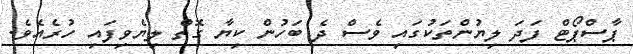
ޕާސްޕޯޓް ފަދަ ލިޔުންތަކުގައި ވެސް ދެ ބަހުން ކިޔާ ގޮތް ލިޔެވިފައި ހުރެއެވެ.